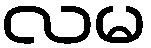
လမ